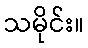
သမိုင်း။